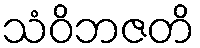
သံဝိဘဇတိ